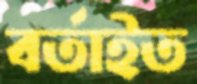
বর্তাইত